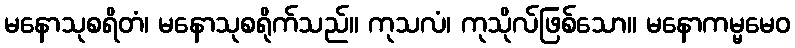
မနောသုစရိတံ၊ မနောသုစရိုက်သည်။ ကုသလံ၊ ကုသိုလ်ဖြစ်သော။ မနောကမ္မမေဝ